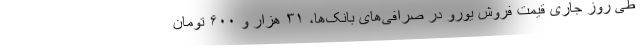
طی روز جاری قیمت فروش یورو در صرافی‌های بانک‌ها، ۳۱ هزار و ۶۰۰ تومان